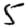
Digit: 5